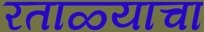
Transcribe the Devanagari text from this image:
रताळ्याचा